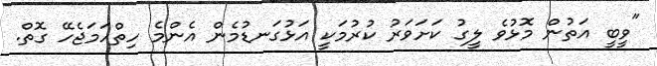
"ވީބީ އަތުން މޮޅުވެ ލީގު ކަށަވަރު ކުރުމަކީ އަޅުގަނޑުމެން އެންމެ ހިތްހަމަޖެހޭ ގޮތް.